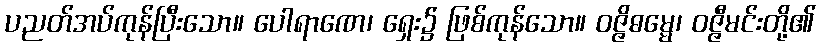
ပညတ်အပ်ကုန်ပြီးသော။ ပေါရာဏေ၊ ရှေး၌ ဖြစ်ကုန်သော။ ဝဇ္ဇိဓမ္မေ၊ ဝဇ္ဇီမင်းတို့၏